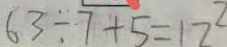
6 3 \div 7 + 5 = 1 2 ^ { 2 }